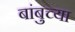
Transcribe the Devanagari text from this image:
बांबुच्या